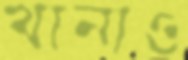
খানাও